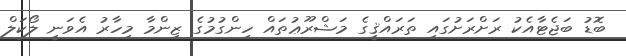
ބޮޑު ބަޖެޓާއެކު ރަށްރަށުގައި ތަރައްޤީގެ މަޝްރޫޢުތައް ހިންގުމުގެ ޒިންމާ މިހާރު އެވަނީ ލޯކަލް